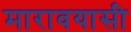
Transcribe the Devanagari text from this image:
मारावयासी